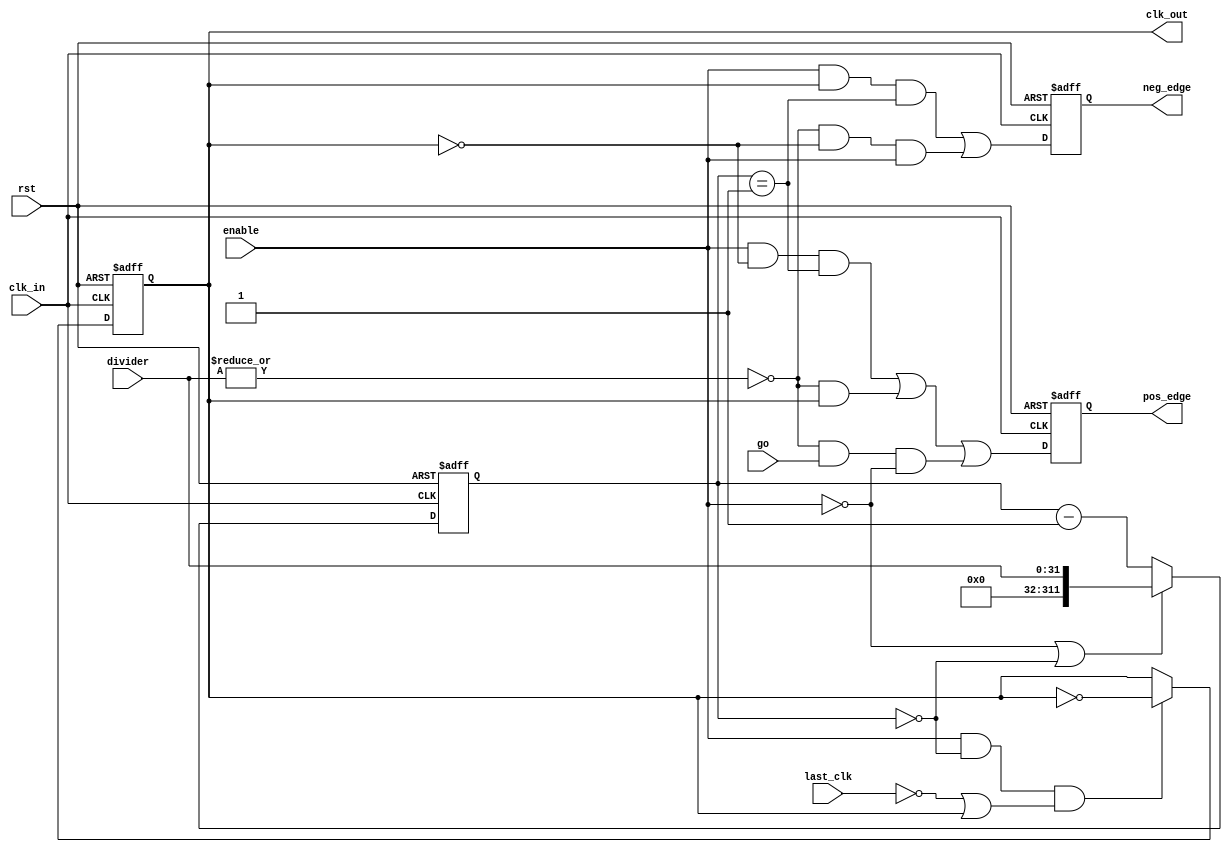
module spi_clkgen (

  input                           clk_in,   // input clock (system clock)
  input                           rst,      // reset
  input                           enable,   // clock enable
  input                           go,       // start transfer
  input                           last_clk, // last clock
  input     [31:0]                divider,  // clock divider (output clock is divided by this value)
  output  reg                     clk_out,  // output clock
  output  reg                     pos_edge, // pulse marking positive edge of clk_out
  output  reg                     neg_edge  // pulse marking negative edge of clk_out
);


//Local Parameters
//Registers/Wires
reg       [311:0]               cnt;      // clock counter
wire                            cnt_zero; // conter is equal to zero
wire                            cnt_one;  // conter is equal to one


//Submodules
//Asynchronous Logic
assign cnt_zero         = (cnt == 32'h0);
assign cnt_one          = (cnt == 32'h00000001);

//Synchronous Logic
// Counter counts half period
always @(posedge clk_in or posedge rst)
begin
  if(rst) begin
    cnt <= 32'h00000001;
  end
  else begin
    if(!enable || cnt_zero) begin
      cnt <= divider;
    end
    else begin
      cnt <=  cnt - 32'h00000001;
    end
  end
end

// clk_out is asserted every other half period
always @(posedge clk_in or posedge rst)
begin
  if(rst) begin
    clk_out <=  1'b0;
  end
  else begin
    clk_out <=  (enable && cnt_zero && (!last_clk || clk_out)) ? ~clk_out : clk_out;
  end
end

// Pos and neg edge signals
always @(posedge clk_in or posedge rst)
begin
  if(rst) begin
    pos_edge  <=  1'b0;
    neg_edge  <=  1'b0;
  end
  else begin
    pos_edge  <=  (enable && !clk_out && cnt_one) || (!(|divider) &&  clk_out) || (!(|divider) && go && !enable);
    neg_edge  <=  (enable &&  clk_out && cnt_one) || (!(|divider) && !clk_out && enable);
  end
end

endmodule